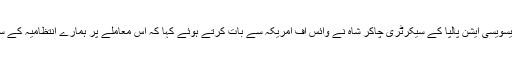
اس حوالے سے پائلٹس ایسویسی ایشن پالپا کے سیکرٹری چاکر شاہ نے وائس آف امریکہ سے بات کرتے ہوئے کہا کہ اس معاملے پر ہمارے انتظامیہ کے ساتھ مذاکرات جاری ہیں۔